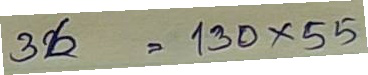
36 = 130 x 55